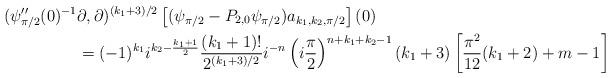
LaTeX: \begin{align*}(\psi_{\pi/2}''(0)^{-1}&\partial, \partial)^{(k_1+3)/2}\left[ (\psi_{\pi/2}-P_{2,0} \psi_{\pi/2})a_{k_1,k_2,\pi/2} \right](0)\\&= (-1)^{k_1}i^{k_2-\frac{k_1+1}{2}}\frac{(k_1+1)!}{2^{(k_1+3)/2}}i^{-n} \left(i \frac{\pi}{2}\right)^{n+k_1+k_2-1}(k_1+3) \left[ \frac{\pi^2}{12}(k_1+2) + m-1\right]\end{align*}